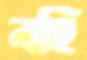
বহি